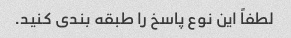
لطفاً این نوع پاسخ را طبقه بندی کنید.